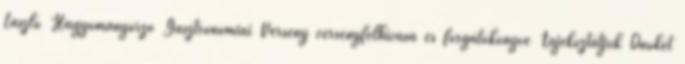
László Hagyományőrző Gasztronómiai Verseny versenyfelhívása és forgatókönyve Tájékoztatjuk Önöket